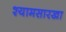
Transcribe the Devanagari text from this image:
श्यामसारखा